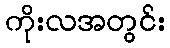
ကိုးလအတွင်း